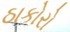
ઠાકોરો